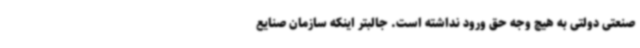
صنعتی دولتی به هیچ وجه حق ورود نداشته است. جالبتر اینکه سازمان صنایع